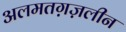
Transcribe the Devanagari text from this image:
अलमतग़ज़लीन